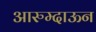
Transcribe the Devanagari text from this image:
आरुम्दाऊन